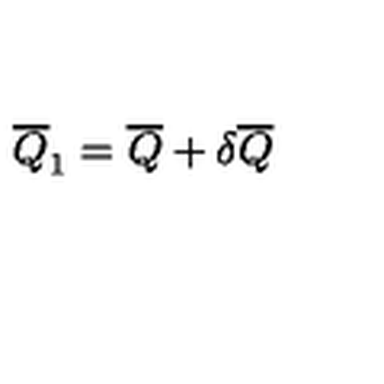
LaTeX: \overline { { Q } } _ { 1 } = \overline { { Q } } + \delta \overline { { Q } }